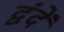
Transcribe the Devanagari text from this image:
द्वंदें